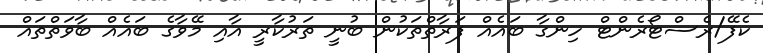
ކެފޭ/ރެސްޓޯރެންޓް ހިންގާ ބައެއް ފަރާތްތަކުން ބުނީ ތަރުކާރީ އާއި މޭވާގެ ބައެއް ބާވަތްތައް